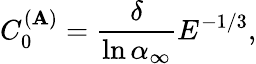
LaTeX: C_{0}^{(\mathbf{A})}=\frac{{\delta}}{{\ln\alpha_{\infty}}}E^{-1/3},